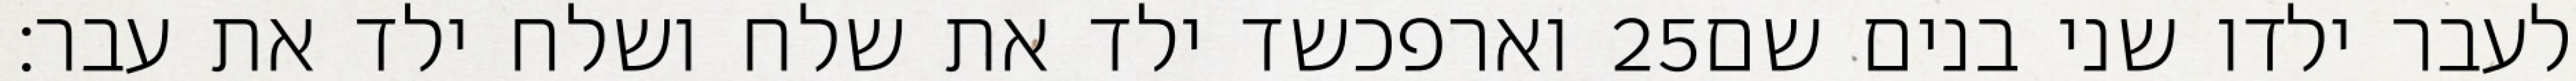
וארפכשד ילד את שלח ושלח ילד את עבר׃ ‎25‏ לעבר ילדו שני בנים שם